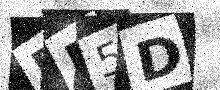
Text: RD5D